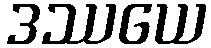
ဒဿယေ